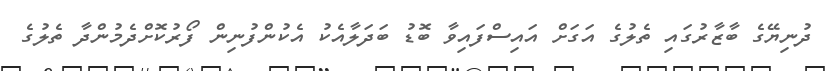
ދުނިޔޭގެ ބާޒާރުގައި ތެލުގެ އަގަށް އައިސްފައިވާ ބޮޑު ބަދަލާއެކު އެކުންފުނިން ފޯރުކޮށްދެމުންދާ ތެލުގެ